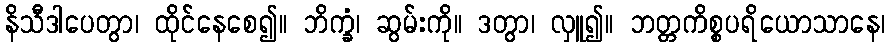
နိသီဒါပေတွာ၊ ထိုင်နေစေ၍။ ဘိက္ခံ၊ ဆွမ်းကို။ ဒတွာ၊ လှူ၍။ ဘတ္တကိစ္စပရိယောသာနေ၊